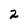
Character: 2